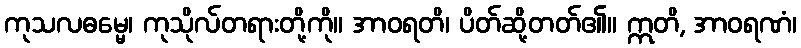
ကုသလဓမ္မေ၊ ကုသိုလ်တရားတို့ကို။ အာဝရတိ၊ ပိတ်ဆို့တတ်၏။ ဣတိ, အာဝရဏံ၊